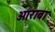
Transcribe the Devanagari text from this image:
आराबा